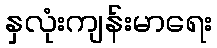
နှလုံးကျန်းမာရေး